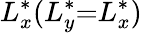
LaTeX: L_{x}^{*}(L_{y}^{*}{=}L_{x}^{*})